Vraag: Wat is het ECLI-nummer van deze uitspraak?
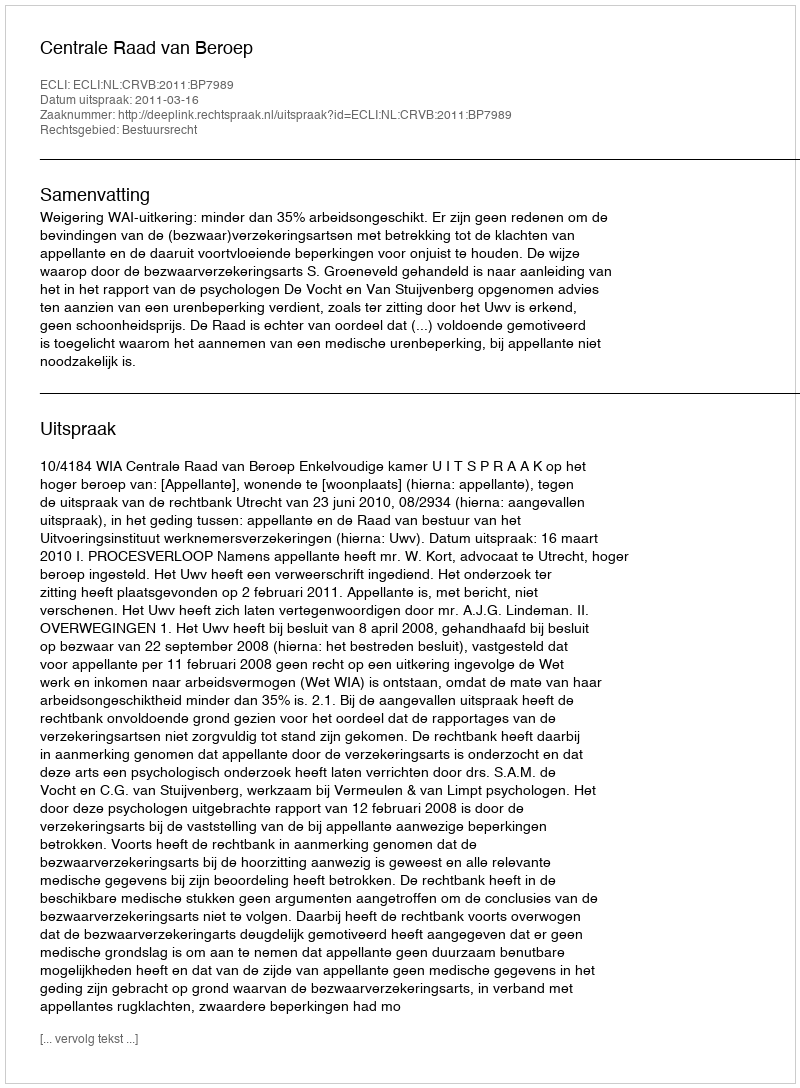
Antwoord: ECLI:NL:CRVB:2011:BP7989